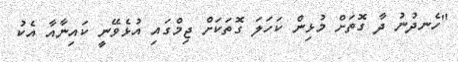
"ހެނދުނު ދާ ގޮތަށް މުޅިން ކަހަލަ ގޮތަކަށް ޖިމްގައި އުޅެވޭނީ ކައިނާއާ އެކު